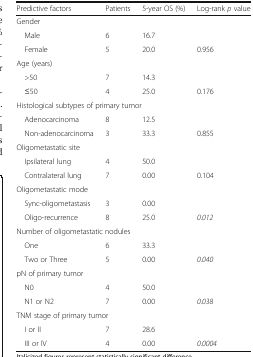
<table><thead><tr><td><b>Predictive factors</b></td><td><b>Patients</b></td><td><b>5-year OS (%)</b></td><td><b>Log-rank <i>p</i> value</b></td></tr></thead><tbody><tr><td colspan="4">Gender</td></tr><tr><td> Male</td><td>6</td><td>16.7</td><td></td></tr><tr><td> Female</td><td>5</td><td>20.0</td><td>0.956</td></tr><tr><td colspan="4">Age (years)</td></tr><tr><td> &gt;50</td><td>7</td><td>14.3</td><td></td></tr><tr><td> ≤50</td><td>4</td><td>25.0</td><td>0.176</td></tr><tr><td colspan="4">Histological subtypes of primary tumor</td></tr><tr><td> Adenocarcinoma</td><td>8</td><td>12.5</td><td></td></tr><tr><td> Non-adenocarcinoma</td><td>3</td><td>33.3</td><td>0.855</td></tr><tr><td colspan="4">Oligometastatic site</td></tr><tr><td> Ipsilateral lung</td><td>4</td><td>50.0</td><td></td></tr><tr><td> Contralateral lung</td><td>7</td><td>0.00</td><td>0.104</td></tr><tr><td colspan="4">Oligometastatic mode</td></tr><tr><td> Sync-oligometastasis</td><td>3</td><td>0.00</td><td></td></tr><tr><td> Oligo-recurrence</td><td>8</td><td>25.0</td><td><i>0.012</i></td></tr><tr><td colspan="4">Number of oligometastatic nodules</td></tr><tr><td> One</td><td>6</td><td>33.3</td><td></td></tr><tr><td> Two or Three</td><td>5</td><td>0.00</td><td><i>0.040</i></td></tr><tr><td colspan="4">pN of primary tumor</td></tr><tr><td> N0</td><td>4</td><td>50.0</td><td></td></tr><tr><td> N1 or N2</td><td>7</td><td>0.00</td><td><i>0.038</i></td></tr><tr><td colspan="4">TNM stage of primary tumor</td></tr><tr><td> I or II</td><td>7</td><td>28.6</td><td></td></tr><tr><td> III or IV</td><td>4</td><td>0.00</td><td><i>0.0004</i></td></tr></tbody></table>